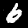
Label: 6